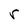
Character: r